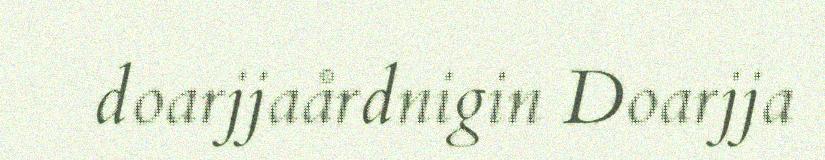
doarjjaårdnigin Doarjja